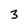
Character: 3